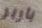
باربر